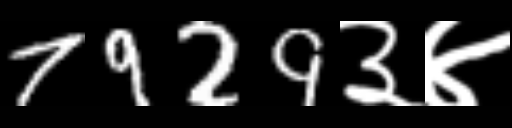
Text: 7929३४